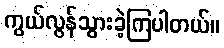
ကွယ်လွန်သွားခဲ့ကြပါတယ်။